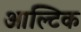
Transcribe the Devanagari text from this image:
आल्टिक